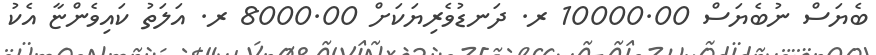
ބެޔަސް ނުބެޔަސް 10000.00 ރ. ދަނޑުވެރިޔަކަށް 8000.00 ރ. އަލަތު ކައިވެންޏާ އެކު